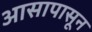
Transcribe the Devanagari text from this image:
आसापासून